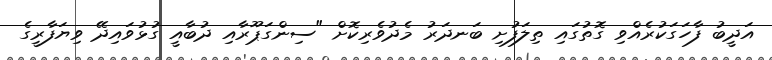
އަދީބު ފާހަގަކުރެއްވި ގޮތުގައި ތިލަފުށި ބަނދަރު މެދުވެރިކޮށް "ސިންގަޕޫރާއި ދުބާއީ ގުޅުވައިދޭ ވިޔަފާރީގެ